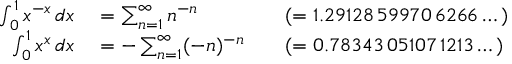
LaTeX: \begin{array} { r l r l } { \int _ { 0 } ^ { 1 } x ^ { - x } \, d x } & { { } = \sum _ { n = 1 } ^ { \infty } n ^ { - n } } & { } & { { } ( = 1 . 2 9 1 2 8 \, 5 9 9 7 0 \, 6 2 6 6 \dots ) } \\ { \int _ { 0 } ^ { 1 } x ^ { x } \, d x } & { { } = - \sum _ { n = 1 } ^ { \infty } ( - n ) ^ { - n } } & { } & { { } ( = 0 . 7 8 3 4 3 \, 0 5 1 0 7 \, 1 2 1 3 \dots ) } \end{array}